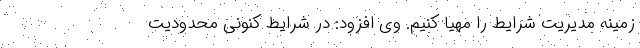
زمینه مدیریت شرایط را مهیا کنیم. وی افزود: در شرایط کنونی محدودیت